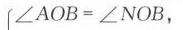
\(\angle AOB=\angle NOB,\)